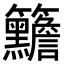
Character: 𥸣